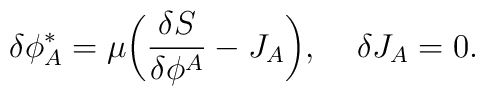
\delta\phi^*_A=\mu\bigg(\frac{\delta S}{\delta\phi^A}-J_A\bigg),\;\;\;\; \delta J_A=0.